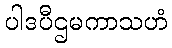
ပါဒပီဌမကာသဟံ